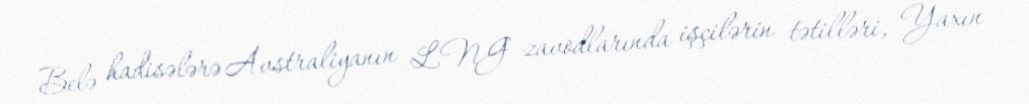
Belə hadisələrə Avstraliyanın LNG zavodlarında işçilərin tətilləri, Yaxın